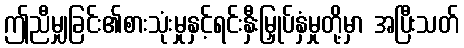
ဤညီမျှခြင်း၏စားသုံးမှုနှင့်ရင်းနှီးမြှုပ်နှံမှုတို့မှာ အပြီးသတ်